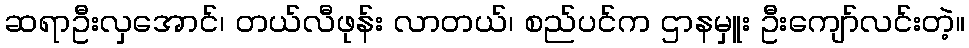
ဆရာဦးလှအောင်၊ တယ်လီဖုန်း လာတယ်၊ စည်ပင်က ဌာနမှူး ဦးကျော်လင်းတဲ့။